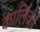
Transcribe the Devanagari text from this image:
कालिंका